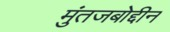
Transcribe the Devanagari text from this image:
मुंतजबोद्दीन